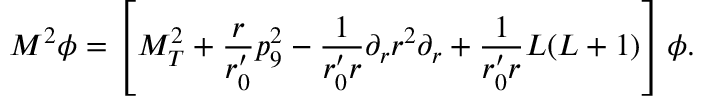
M ^ { 2 } \phi = \left[ M _ { T } ^ { 2 } + \frac { r } { r _ { 0 } ^ { \prime } } p _ { 9 } ^ { 2 } - \frac { 1 } { r _ { 0 } ^ { \prime } r } \partial _ { r } r ^ { 2 } \partial _ { r } + \frac { 1 } { r _ { 0 } ^ { \prime } r } L ( L + 1 ) \right] \phi .